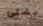
بشتى